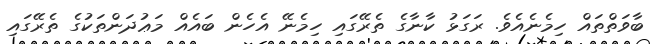
ބާވަތްތައް ހިމެނެއެވެ. ރަގަޅު ކާނާގެ ތެރޭގައި ހިމެނޭ އެހެން ބައެއް މަޢުދަންތަކުގެ ތެރޭގައި